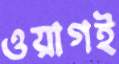
ওয়াগই